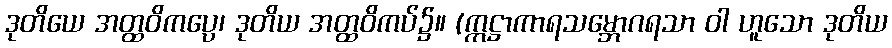
ဒုတိယေ အတ္ထဝိကပ္ပေ၊ ဒုတိယ အတ္ထဝိကပ်၌။ (ဣဋ္ဌာကာရသမ္ဘောဂရသာ ဝါ ဟူသော ဒုတိယ